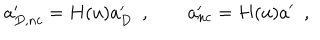
a _ { D , n c } ^ { \prime } = H ( u ) a _ { D } ^ { \prime } \ \ , \qquad a _ { n c } ^ { \prime } = H ( u ) a ^ { \prime } \ \ ,